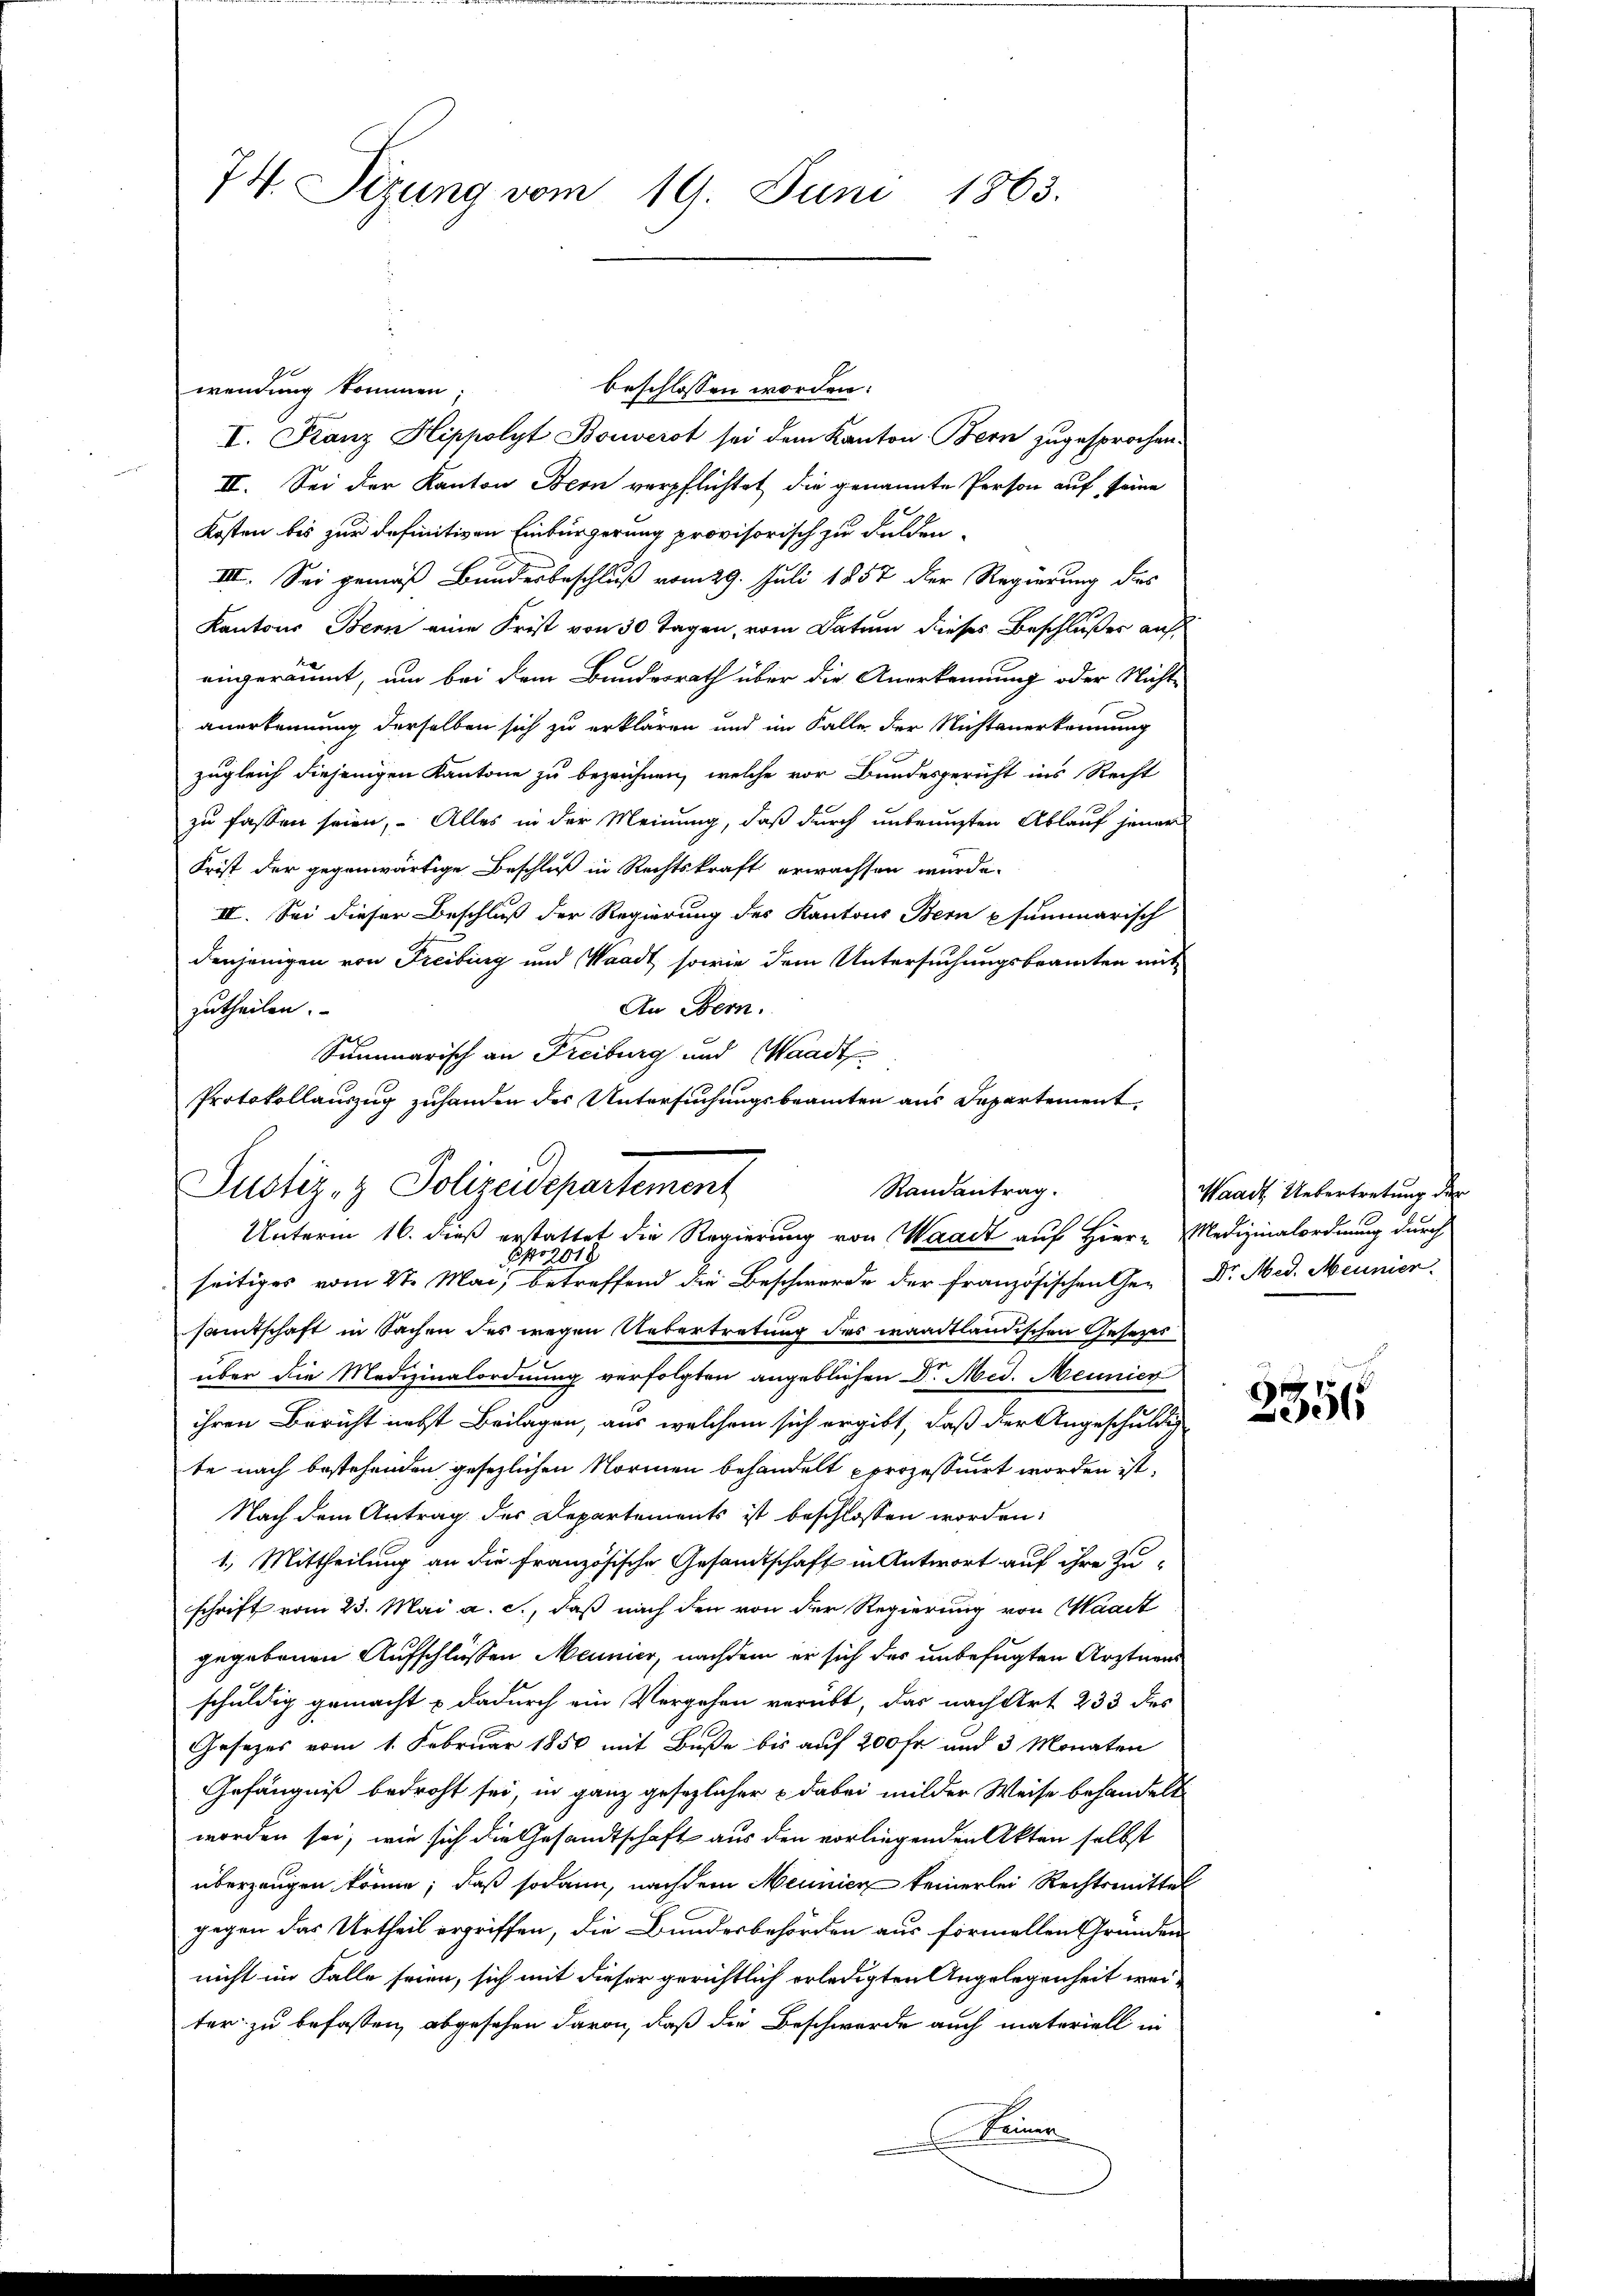
74. Sizung vom 19. Juni 1863.

beschlossen worden.
wendung kommen;
I. Franz Hippolyt Bouverst sei dem Kanton Bern zugesprochen.
II. Sei der Kanton Bern verpflichtet die genannte Person auf seine
Kosten bis zur definitiven Einbürgerung provisorisch zu Fulden¬
III. Sei gemäß Bundesbeschluß vom 29. Juli 1857 der Regierung des
Kantons Bern eine Frist von 30 Tagen, vom Datum dieses Beschlußes auf
eingeräumt, um bei dem Bundesrath über die Anerkennung oder Nichte
anerkennung derselben sich zu erklären und im Falle der Nichtenerkennung
zugleich diejenigen Kantone zu bezeichnen, welche vor Bundesgericht ins Recht
zu fassen seien, Alles in der Meinung, daß durch unbenuzten Ablauf jener
Frist der gegenwärtige Beschluß in Rechtskraft erwachsen wurde.
IV. Sei dieser Beschluß der Regierung des Kantons Bern psummarisch
denjenigen von Freiburg und Waadt sowie dem Untersuchungsbeamten mit
An Bern.
zutheilen.
Summarisch an Freiburg und Waadt
Sponsis
seitiges vom 27. Mai, betreffend die Beschwerde der französischen Ge- Dr. Med. Meunier
samtschaft in Sachen des wegen Uebertretung des waadtländischen Gesezes
über die Medizinalordnung verfolgten angeblichen Dr. Med. Meunier
ihren Bericht nebst Beilagen, aus welchem sich ergibt, daß der Angeschuldig
te nach bestehenden gesezlichen Normen behandelt prozessiert worden ist.
Nach dem Antrag des Departements ist beschlossen worden:
1. Mittheilung an die Französische Gesandtschaft in Antwort auf ihre Zuschrift vom 23. Mai a. c., daß nach den von der Regierung von Waadt
gegebenen Aufschlüssen Meunier, nachdem er sich des unbefugten Arztnens
schuldig gemacht u dadurch ein Vergehen verübt, das nach Art 233 des
Gesetzes vom 1. Februar 1850 mit Buße bis auf 200 fr und 3 Monaten
Gefängniß bedroht sei, in ganz gesezlicher & dabei milder Weise behandelt
worden sei, wie sich die Gesandtschaft aus den vorliegenden Akten selbst
überzeugen könne; daß sodann, nachdem Meunier keinerlei Rechtsmittel
gegen das Urtheil ergriffen, die Bundesbehörden aus formellen Gründen
nicht im Falle seien, sich mit dieser gerichtlich erledigten Angelegenheit weiter zu befassen, abgesehen davon, daß die Beschwerde auch materiell in
einer

Protokollauszug zuhanden der Untersuchungsbeamten aus Departement
Justiz- & Polizeidepartement,
Randantrag.
Unterm 16. dieß erstattet die Regierung von Waadt auf Hier Medizinalordnung durch

Waadt Uebertretung der

3351